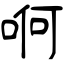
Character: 哬